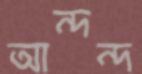
আন্দন্দ